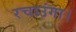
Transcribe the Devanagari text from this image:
रचाउंगा।